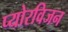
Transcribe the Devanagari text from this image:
प्योरविजन